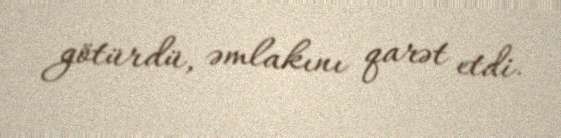
götürdü, əmlakını qarət etdi.